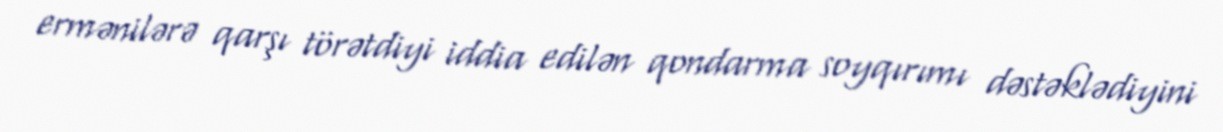
ermənilərə qarşı törətdiyi iddia edilən qondarma soyqırımı dəstəklədiyini